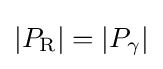
|P_{\mathrm {R} }|=|P_{\mathrm {\gamma } }|